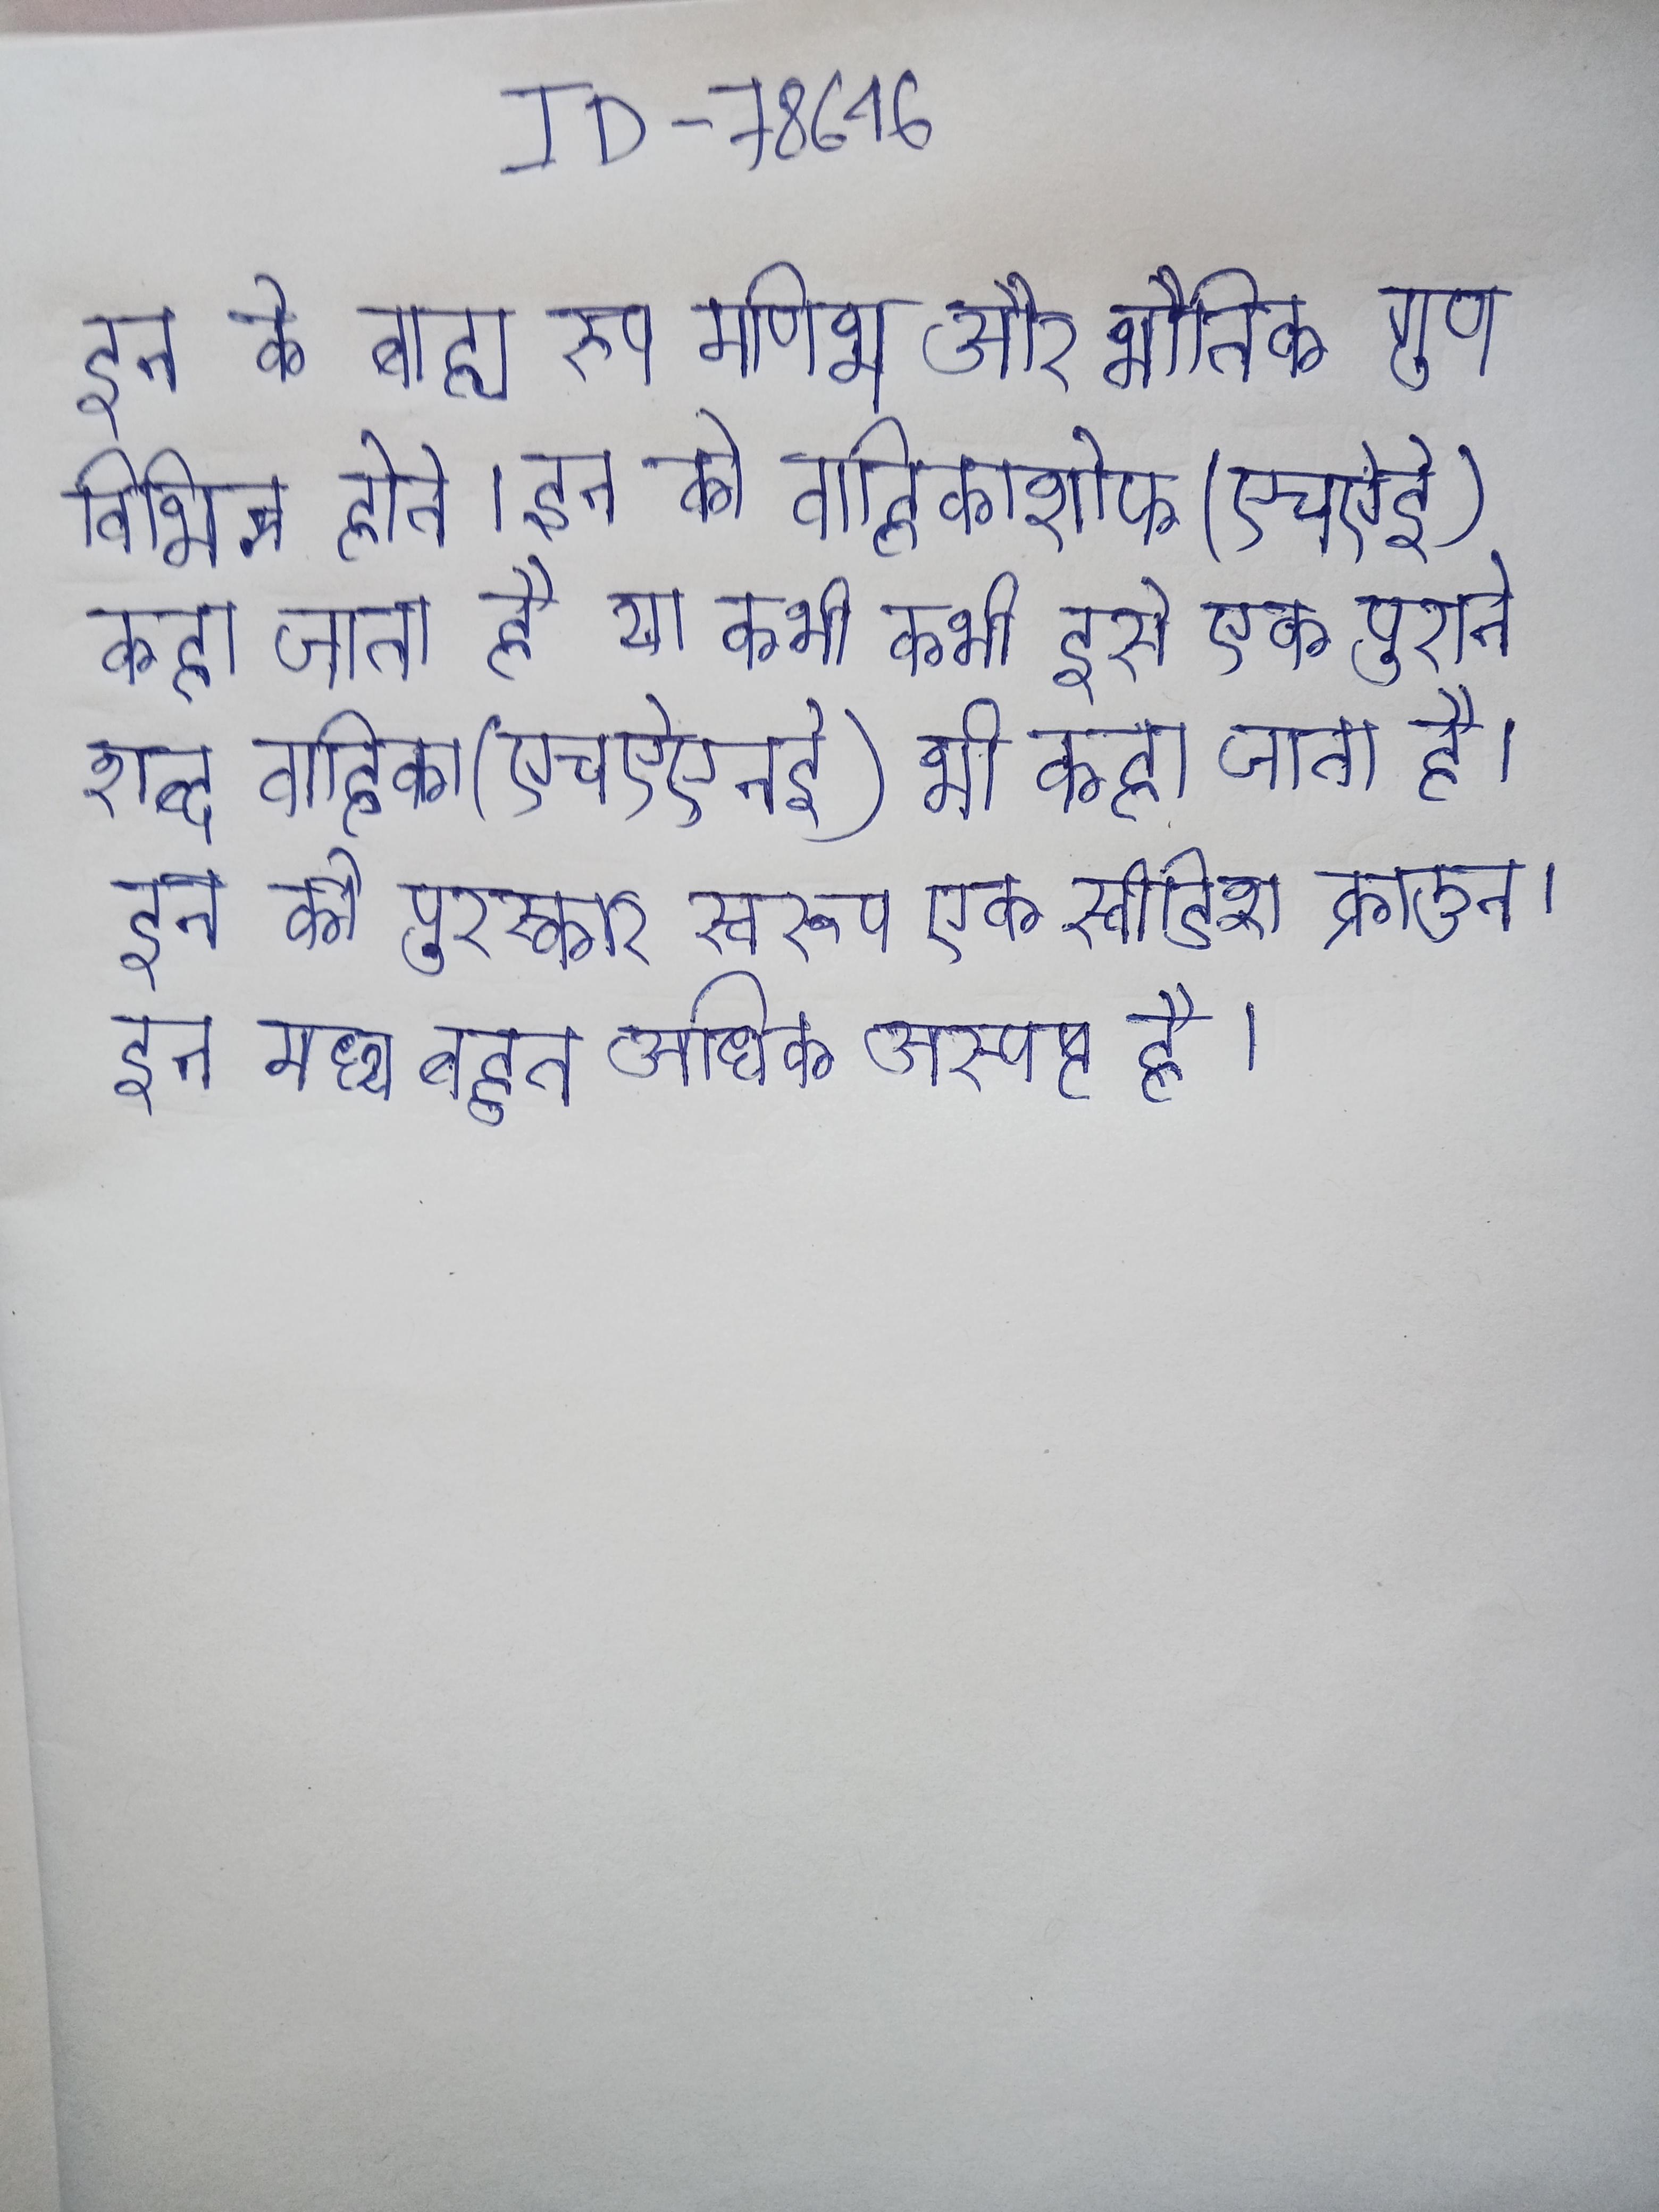
इन के बाह्य रूप मणिभ और भौतिक गुण विभिन्न होते । इन को वाहिकाशोफ (एचऐई) कहा जाता है या कभी कभी इसे एक पुराने शब्द वाहिका (एचऐएनई) भी कहा जाता है । इन को पुरस्कार स्वरूप एक स्वीडिश क्राउन । इन मध्य बहुत अधिक अस्पष्ट है ।